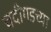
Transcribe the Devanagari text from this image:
चदीगडच्या